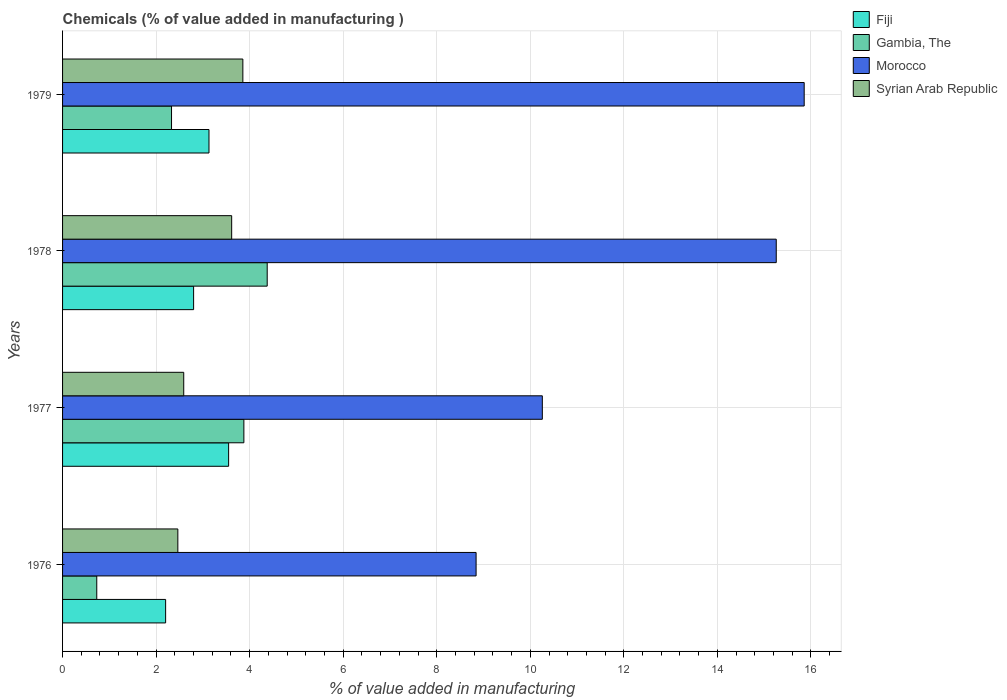
| Years | Fiji | Gambia, The | Morocco | Syrian Arab Republic |
 | --- | --- | --- | --- | --- |
 | 1976 | 2.2 | 0.731 | 8.84 | 2.46 |
 | 1977 | 3.55 | 3.88 | 10.3 | 2.59 |
 | 1978 | 2.8 | 4.38 | 15.3 | 3.62 |
 | 1979 | 3.13 | 2.33 | 15.9 | 3.85 |